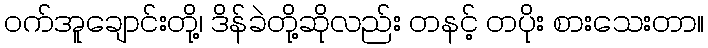
ဝက်အူချောင်းတို့၊ ဒိန်ခဲတို့ဆိုလည်း တနင့် တပိုး စားသေးတာ။